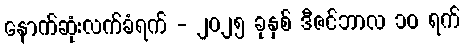
နောက်ဆုံးလက်ခံရက် - ၂၀၂၅ ခုနှစ် ဒီဇင်ဘာလ ၁၀ ရက်